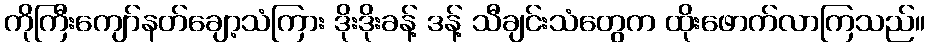
ကိုကြီးကျော်နတ်ချော့သံကြား ဒိုးဒိုးခန့် ဒန့် သီချင်းသံတွေက ထိုးဖောက်လာကြသည်။